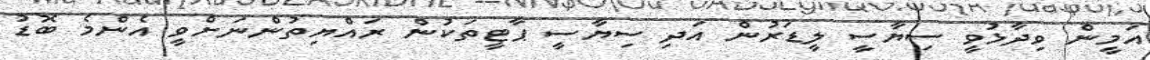
އަމީން ވިދާޅުވީ ސިޔާސީ ލީޑަރުން އަދި ސިޔާސީ ޕާޓީތަކުން ރައްޔިތުންނަށްވީ އެންމެ ބޮޑު